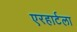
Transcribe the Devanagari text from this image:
एरहार्टला